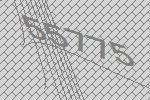
55775